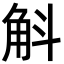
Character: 斛